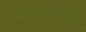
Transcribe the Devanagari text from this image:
कोर्केअकौलू